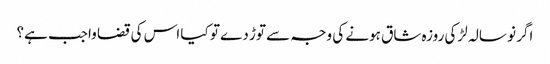
اگر نو سالہ لڑکی روزہ شاق ہونے کی وجہ سے توڑ دے تو کیا اس کی قضا واجب ہے؟